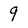
Character: 9